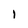
Character: l